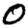
Digit: 0